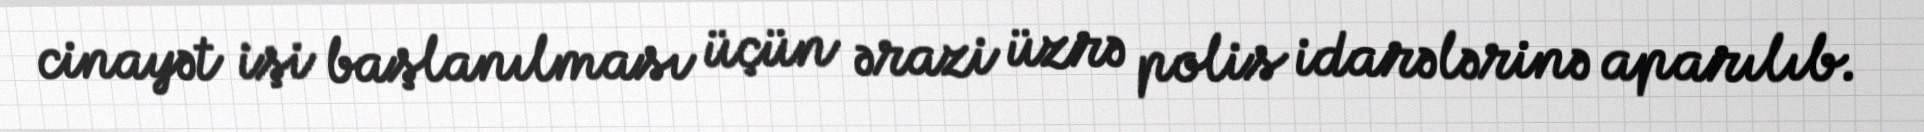
cinayət işi başlanılması üçün ərazi üzrə polis idarələrinə aparılıb.